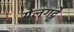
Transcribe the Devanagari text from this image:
येलगट्टे